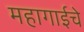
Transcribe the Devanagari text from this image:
महागाईचे